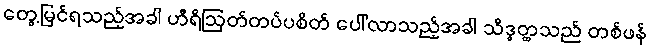
တွေ့မြင်ရသည့်အခါ ဟီရိဩတ်တပ်ပစိတ် ပေါ်လာသည့်အခါ သိဒ္ဓတ္ထသည် တစ်ဖန်